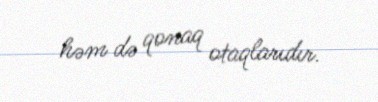
həm də qonaq otaqlarıdır.